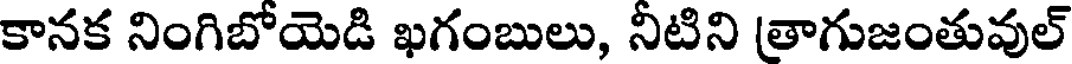
కానక నింగిబోయెడి ఖగంబులు, నిటిని త్రాగుజంతువుల్